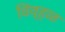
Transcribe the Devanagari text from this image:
विव्हळ